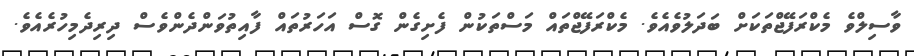
ވާސިލްވެ މެކްރަފޭޖްތަކަށް ބަދަލުވެއެވެ. މެކްރަފޭޖްތައް މަސްތަކުން ފެށިގެން ގޮސް އަހަރުތައް ފާއިތުވަންދެންވެސް ދިރިދެމިހުރެއެވެ.